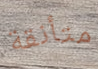
متأنقة